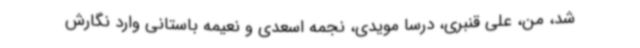
شد، من، علی قنبری، درسا مویدی، نجمه اسعدی و نعیمه باستانی وارد نگارش